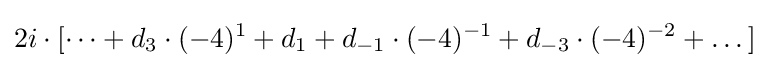
{\begin{aligned}2i\cdot [\dots +d_{3}\cdot (-4)^{1}+d_{1}+d_{-1}\cdot (-4)^{-1}+d_{-3}\cdot (-4)^{-2}+\dots ]\end{aligned}}